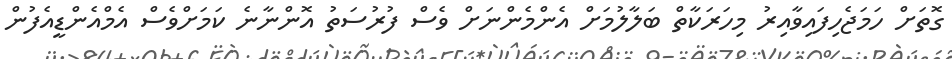
ގޮތަށް ހަމަޖެހިފައިވާއިރު މިހަރަކާތް ބަލާލުމަށް އެންމެންނަށް ވެސް ފުރުސަތު އޮންނާނެ ކަމަށްވެސް އެމްއެންޑީއެފުން